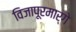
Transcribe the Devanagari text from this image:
विजापूरमार्गे